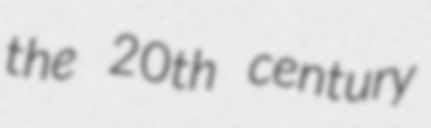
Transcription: the 20th century